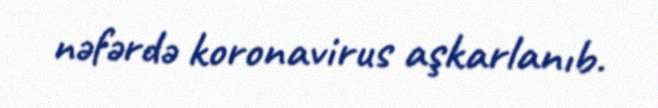
nəfərdə koronavirus aşkarlanıb.